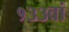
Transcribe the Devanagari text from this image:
१३३वां